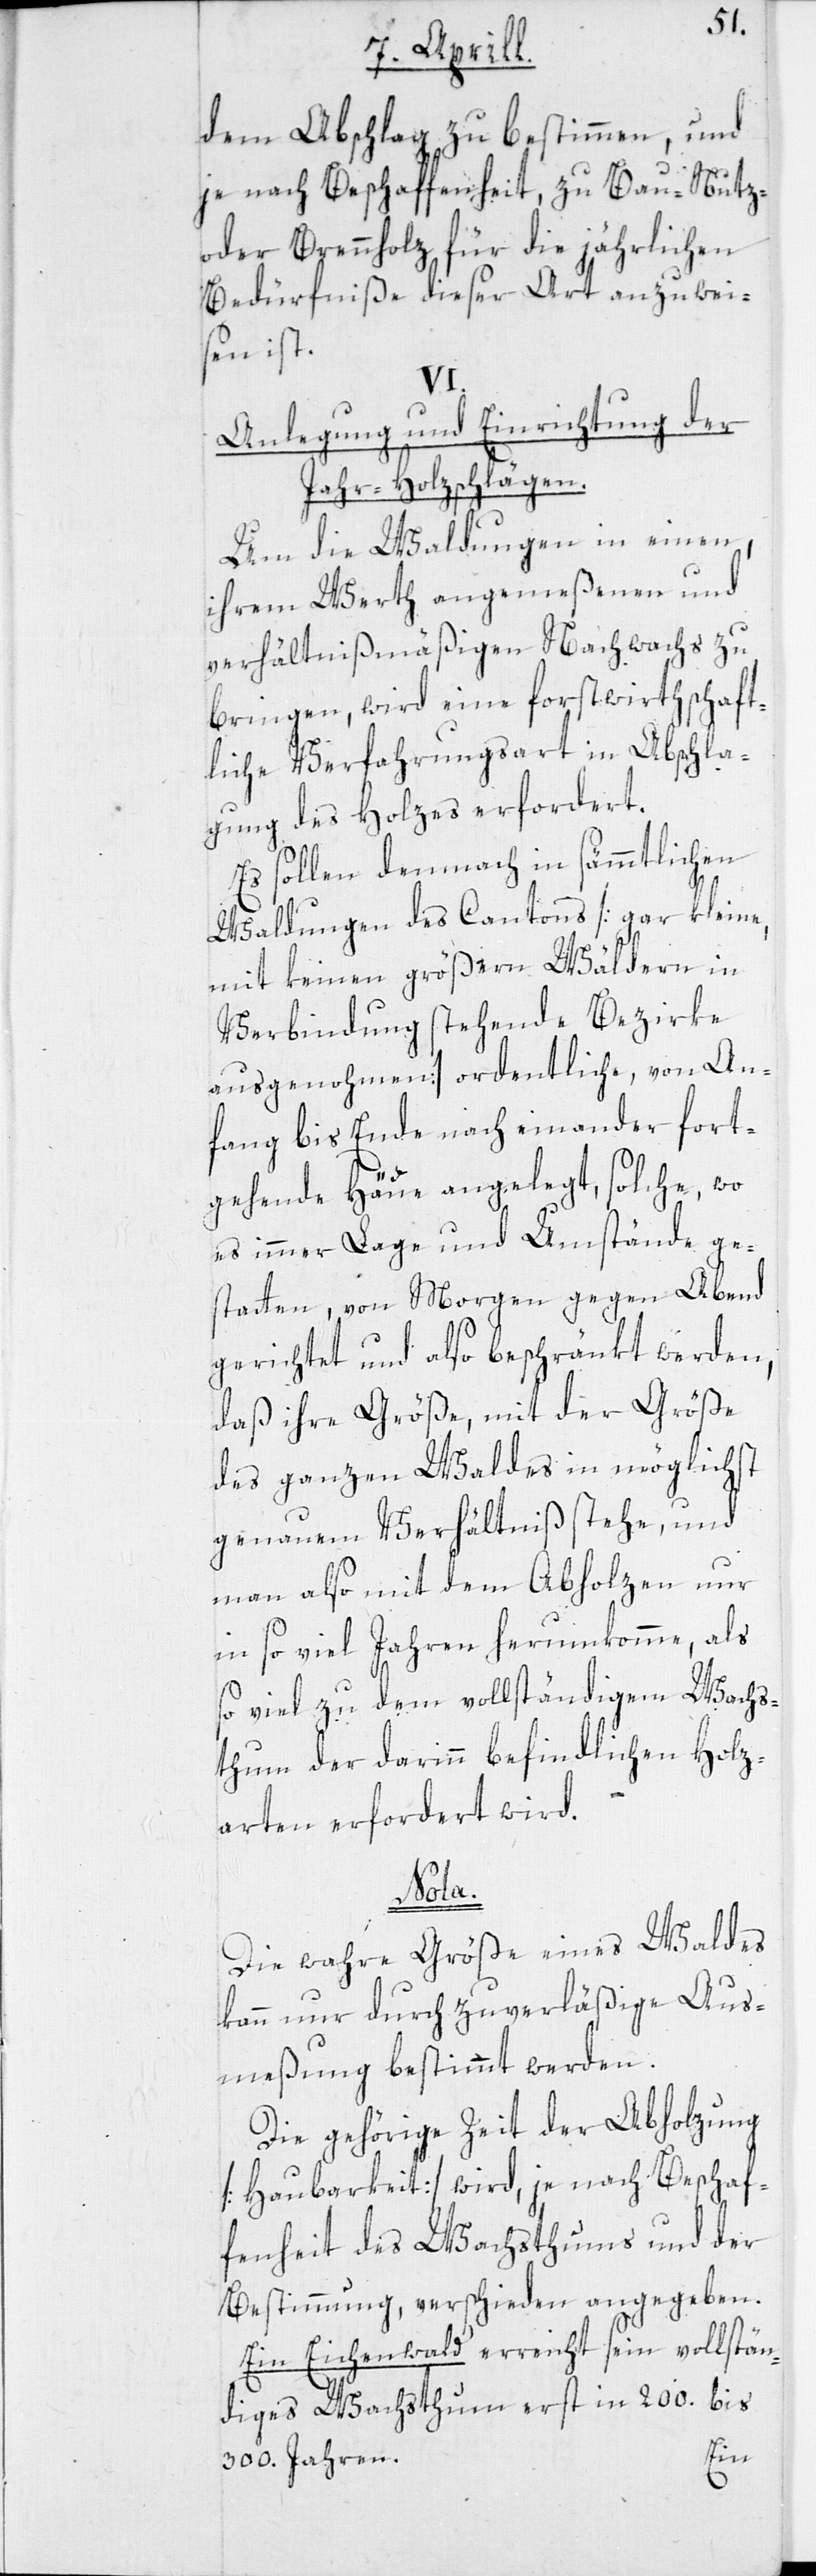
dem Abschlag zu bestimmen, und
je nach Beschaffenheit, zu Bau-[,] Nutz-
oder Brennholz für die jährlichen
Bedürfniße dieser Art anzuweis¬
en ist.
VI.
Anlegung und Einrichtung der
Jahr-Holzschlägen.
Um die Waldungen in einen,
ihrem Werth angemeßenen und
verhältnißmäßigen Nachwachs zu
bringen, wird eine forstwirthschaft¬
liche Verfahrungsart in Abschla¬
gung des Holzes erfordert.
Es sollen demnach in sämmtlichen
Waldungen des Cantons [gar kleine,
mit keinen größern Wäldern in
Verbindung stehende Bezirke
ausgenohmen] ordentliche, von An¬
fang bis Ende nach einander fort¬
gehende Häue angelegt, solche, wo
es immer Lage und Umstände ge¬
statten, von Morgen gegen Abend
gerichtet und also beschränkt werden,
daß ihre Größe mit der Größe
des ganzen Waldes in möglichst
genauem Verhältniß stehe, und
man also mit dem Abholzen nur
in so viel Jahren herumkomme, als
so viel zu dem vollständigem [sic!]
thum der darinn befindlichen Holz¬
arten erfordert wird.
Nota.
Die wahre Größe eines Waldes
kann nur durch zuverläßige Aus¬
meßung bestimmt werden.
Die gehörige Zeit der Abholzung
[Haubarkeit] wird, je nach Beschaf¬
fenheit des Wachsthums und der
Bestimmung, verschieden angegeben.
Ein Eichenwald erreicht sein vollstän¬
diges Wachsthum erst in 200. bis
300. Jahren.